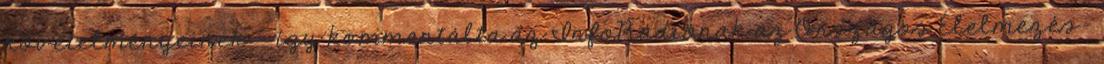
követelményeinek - így kommentálta az InfoRádiónak az Országos Élelmezés-